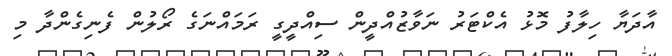
އާދަޔާ ހިލާފު މޮޅު އެކްޓަރު ނަވާޒުއްދީން ސިއްދީގީ ރަމައްނަގެ ރޯލުން ފެނިގެންދާ މި